Scottish Certificate of Education, 1962
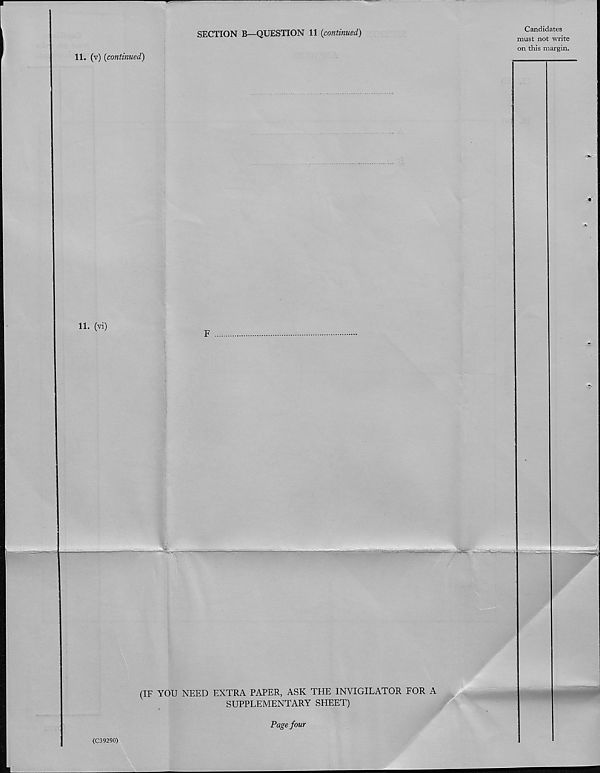
11. (v) {continued)
SECTION B—QUESTION 11 {continued)
Candidates
must not write
on this margin.
11. (vi)
%
(IF YOU NEED EXTRA PAPER, ASK THE INVIGILATOR FOR A
SUPPLEMENTARY SHEET)
Page four
(C39290)